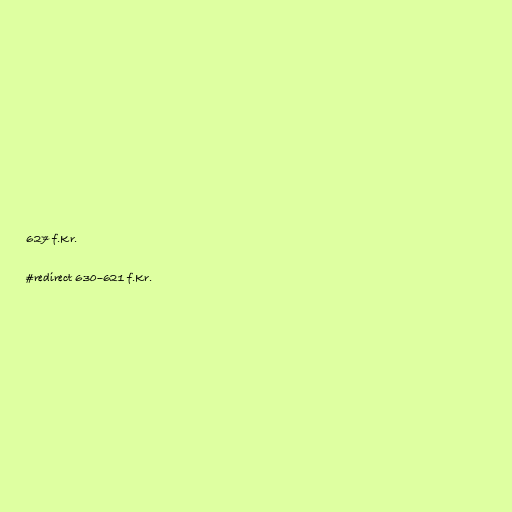
627 f.Kr.

#redirect 630–621 f.Kr.